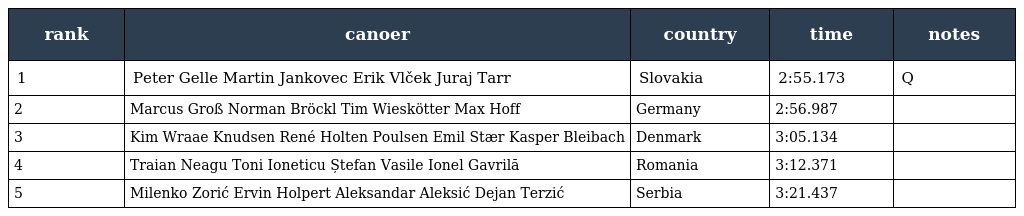
| rank | canoer | country | time | notes |
 | --- | --- | --- | --- | --- |
 | 1 | Peter Gelle Martin Jankovec Erik Vlček Juraj Tarr | Slovakia | 2:55.173 | Q |
 | 2 | Marcus Groß Norman Bröckl Tim Wieskötter Max Hoff | Germany | 2:56.987 |  |
 | 3 | Kim Wraae Knudsen René Holten Poulsen Emil Stær Kasper Bleibach | Denmark | 3:05.134 |  |
 | 4 | Traian Neagu Toni Ioneticu Ștefan Vasile Ionel Gavrilă | Romania | 3:12.371 |  |
 | 5 | Milenko Zorić Ervin Holpert Aleksandar Aleksić Dejan Terzić | Serbia | 3:21.437 |  |